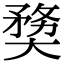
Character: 奦